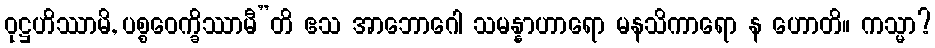
ဝုဋ္ဌဟိဿာမိ, ပစ္စဝေက္ခိဿာမီ”တိ ဧသ အာဘောဂေါ သမန္နာဟာရော မနသိကာရော န ဟောတိ။ ကသ္မာ?